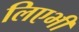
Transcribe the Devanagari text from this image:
लिएभी